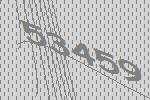
53459